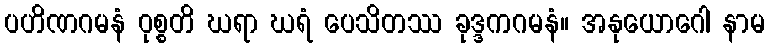
ပဟိဏဂမနံ ဝုစ္စတိ ဃရာ ဃရံ ပေသိတဿ ခုဒ္ဒကဂမနံ။ အနုယောဂေါ နာမ